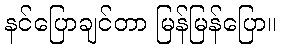
နင်ပြောချင်တာ မြန်မြန်ပြော။